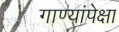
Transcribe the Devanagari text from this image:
गाण्यांपेक्षा